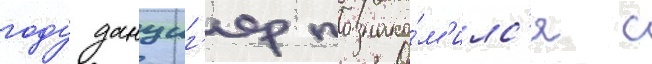
году данциг'ер познако́м'илс'я с